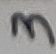
Text: 3